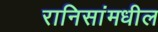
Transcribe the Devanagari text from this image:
रानिसांमधील